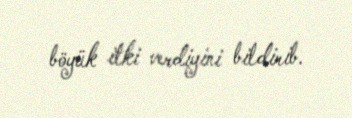
böyük itki verdiyini bildirib.